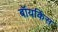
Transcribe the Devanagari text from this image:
बॉयकिंस